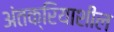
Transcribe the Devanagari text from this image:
अंतक्रियाशील